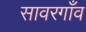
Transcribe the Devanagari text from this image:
सावरगाँव